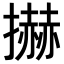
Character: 𢷓